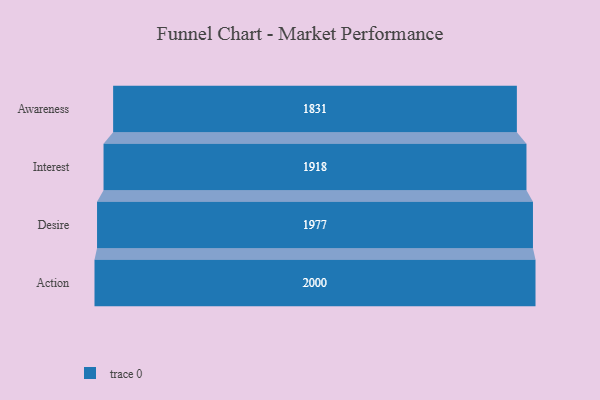
{"axis": {"x": "Stage", "y": "Value"}, "legend": [""], "data": [{"x": "Awareness", "y": 1831.0, "type": ""}, {"x": "Interest", "y": 1918.0, "type": ""}, {"x": "Desire", "y": 1977.0, "type": ""}, {"x": "Action", "y": 2000, "type": ""}]}